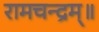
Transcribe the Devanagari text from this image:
रामचन्द्रम्॥